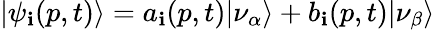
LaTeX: |\psi_{\mathbf{i}}(p,t)\rangle=a_{\mathbf{i}}(p,t)|\nu_{\alpha}\rangle+b_{\mathbf{i}}(p,t)|\nu_{\beta}\rangle